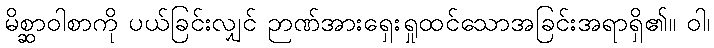
မိစ္ဆာဝါစာကို ပယ်ခြင်းလျှင် ဉာဏ်အားရှေးရှုထင်သောအခြင်းအရာရှိ၏။ ဝါ၊